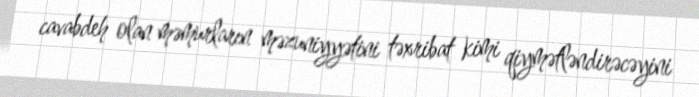
cavabdeh olan məmurların məzuniyyətini təxribat kimi qiymətləndirəcəyini